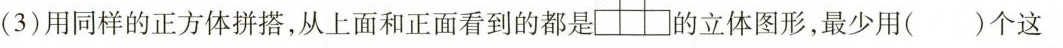
(3)用同样的正方体拼搭，从上面和正面看到的都是 的立体图形，最少用()个这